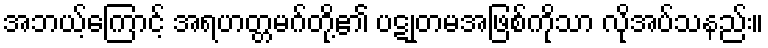
အဘယ့်ကြောင့် အရဟတ္တမဂ်တို့၏ ပဋုတမအဖြစ်ကိုသာ လိုအပ်သနည်း။